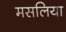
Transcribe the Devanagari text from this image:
मसलिया